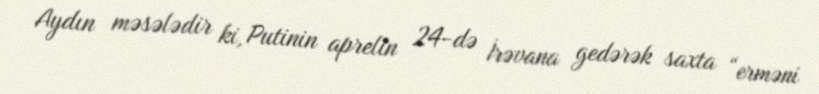
Aydın məsələdir ki, Putinin aprelin 24-də İrəvana gedərək saxta “erməni